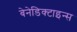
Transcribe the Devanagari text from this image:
बेनेडिक्टाइन्स